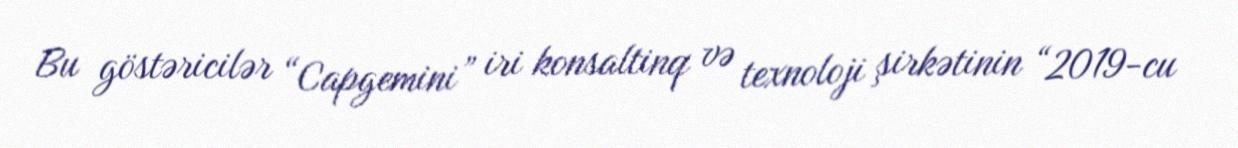
Bu göstəricilər “Capgemini” iri konsaltinq və texnoloji şirkətinin “2019-cu